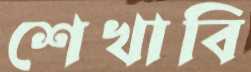
শেখাবি